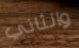
والثاني